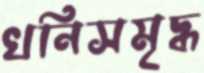
খনিসমৃদ্ধ